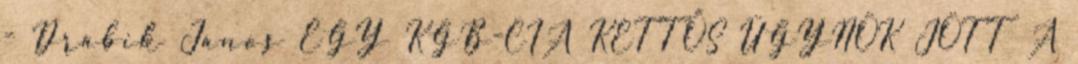
- Drábik János EGY KGB-CIA KETTŐS ÜGYNÖK JÖTT A